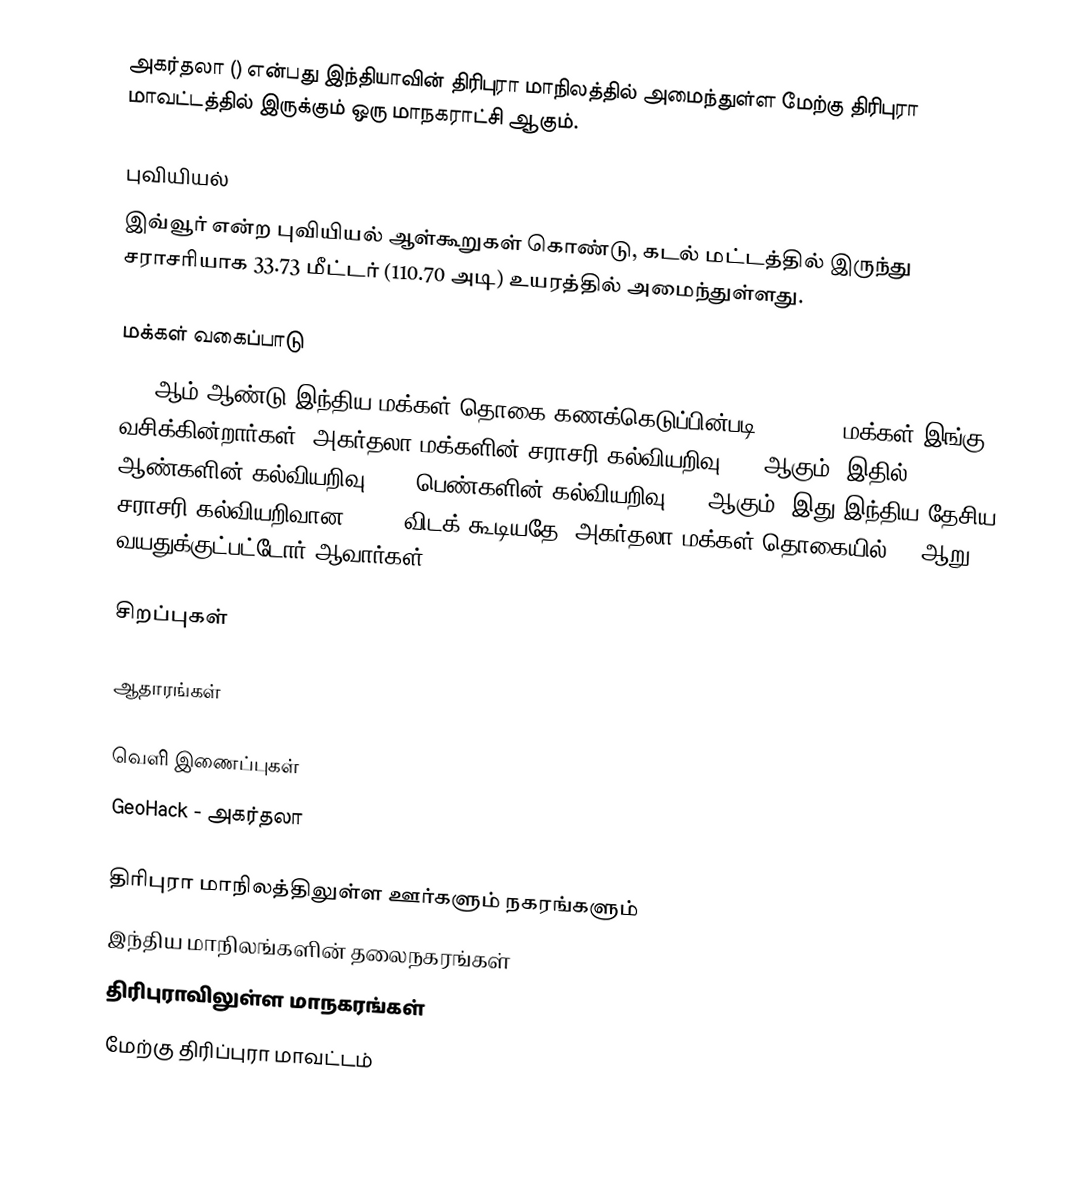
அகர்தலா () என்பது இந்தியாவின் திரிபுரா மாநிலத்தில் அமைந்துள்ள மேற்கு திரிபுரா மாவட்டத்தில் இருக்கும் ஒரு மாநகராட்சி ஆகும்.

புவியியல்
இவ்வூர்   என்ற புவியியல் ஆள்கூறுகள் கொண்டு, கடல் மட்டத்தில் இருந்து சராசரியாக 33.73 மீட்டர் (110.70 அடி) உயரத்தில் அமைந்துள்ளது.

மக்கள் வகைப்பாடு
2011ஆம் ஆண்டு இந்திய மக்கள் தொகை கணக்கெடுப்பின்படி, 400,004 மக்கள் இங்கு வசிக்கின்றார்கள். அகர்தலா மக்களின் சராசரி கல்வியறிவு 85% ஆகும்; இதில் ஆண்களின் கல்வியறிவு 88%; பெண்களின் கல்வியறிவு 82% ஆகும். இது இந்திய தேசிய சராசரி கல்வியறிவான 59.5% விடக் கூடியதே. அகர்தலா மக்கள் தொகையில் 8% ஆறு வயதுக்குட்பட்டோர் ஆவார்கள்.

சிறப்புகள்

ஆதாரங்கள்

வெளி இணைப்புகள்
 GeoHack - அகர்தலா

திரிபுரா மாநிலத்திலுள்ள ஊர்களும் நகரங்களும்
இந்திய மாநிலங்களின் தலைநகரங்கள்
திரிபுராவிலுள்ள மாநகரங்கள்
மேற்கு திரிப்புரா மாவட்டம்